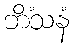
ဘိံသနံ